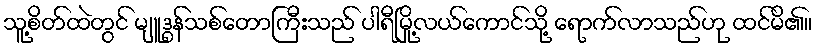
သူ့စိတ်ထဲတွင် မျူဒွန်သစ်တောကြီးသည် ပါရီမြို့လယ်ကောင်သို့ ရောက်လာသည်ဟု ထင်မိ၏။